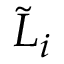
{ \tilde { L } } _ { i }